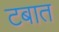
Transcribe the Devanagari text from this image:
टबात